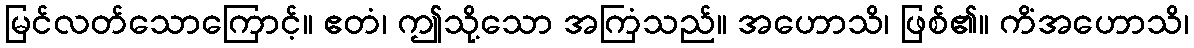
မြင်လတ်သောကြောင့်။ ဧတံ၊ ဤသို့သော အကြံသည်။ အဟောသိ၊ ဖြစ်၏။ ကိံအဟောသိ၊